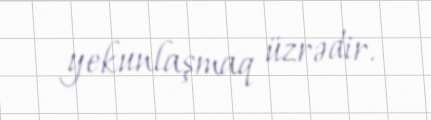
yekunlaşmaq üzrədir.